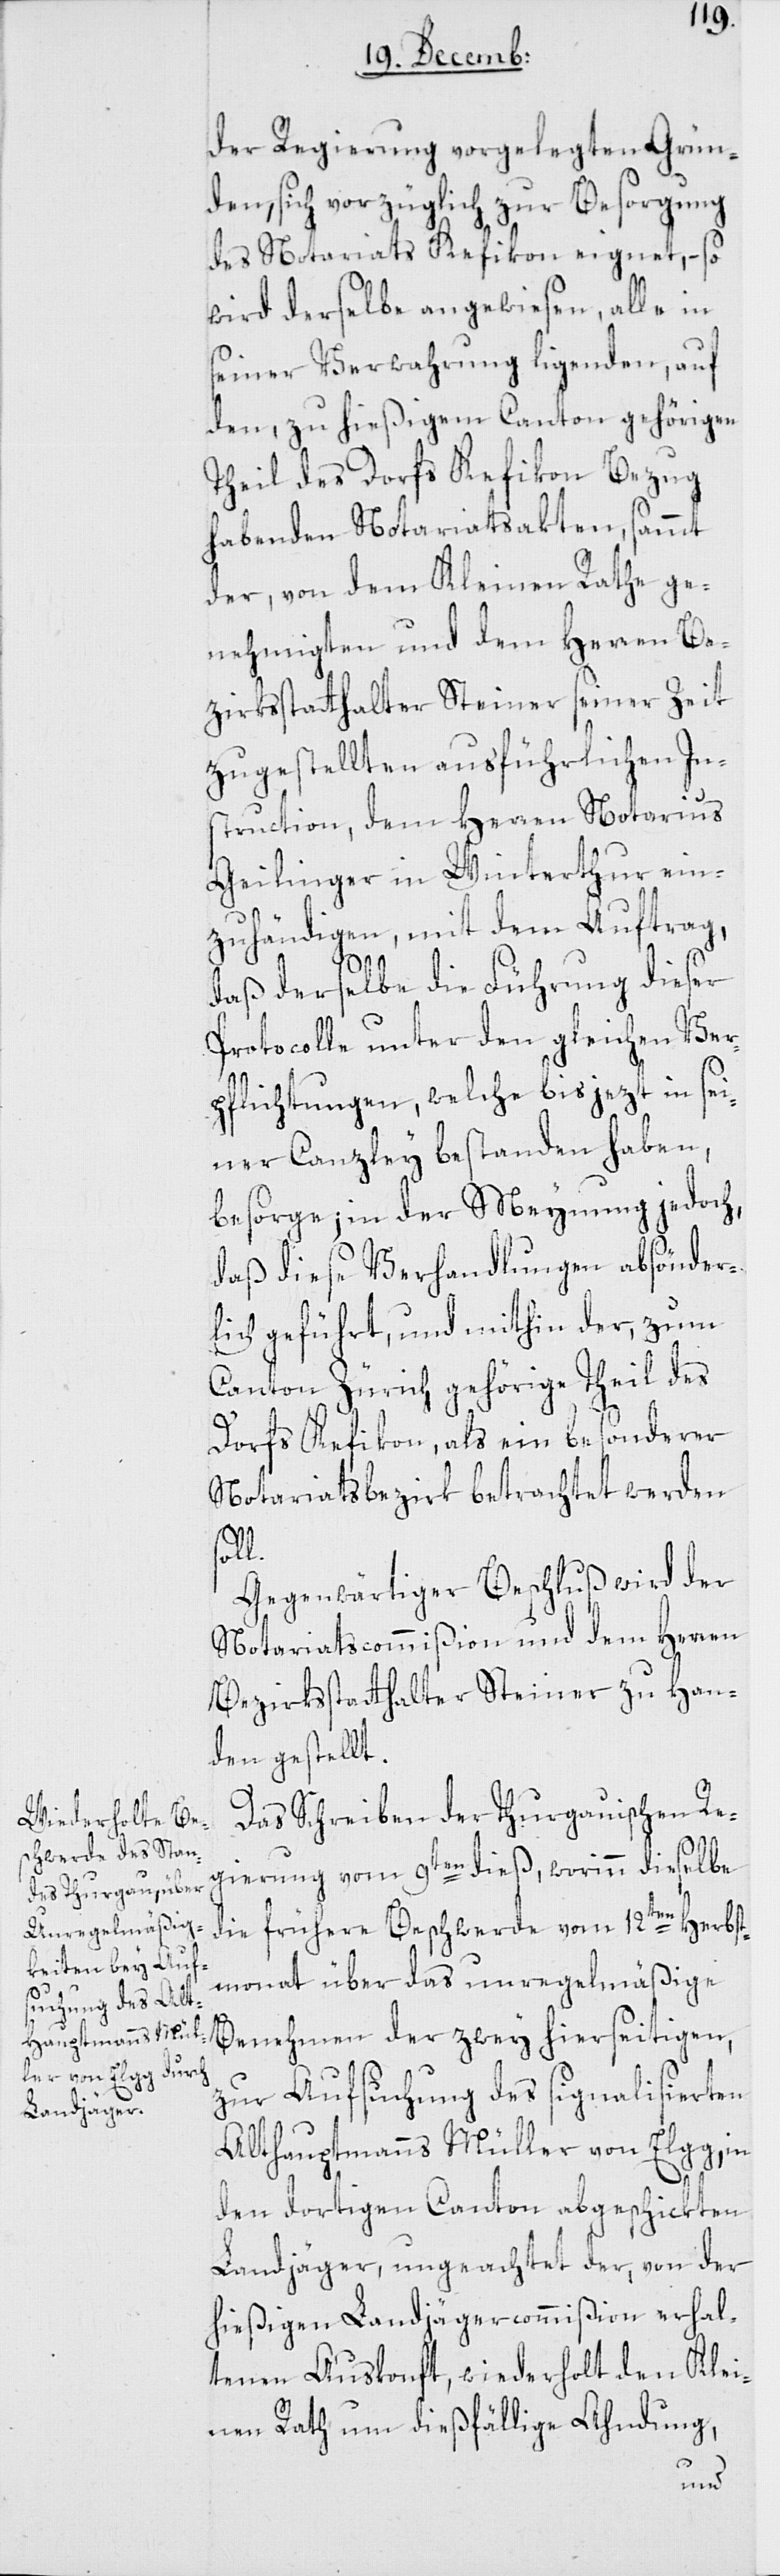
der Regierung vorgelegten Grün¬
den, sich vorzüglich zur Besorgung
des Notariats Kefikon eignet, – so
wird derselbe angewiesen, alle in
seiner Verwahrung ligenden, auf
den zu hießigem Canton gehörigen
Theil des Dorfes Kefikon Bezug
habenden Notariatsakten, sammt
der von dem Kleinen Rathe ge¬
nehmigten und dem Herren Be¬
zirksstatthalter Steiner seiner Zeit
zugestellten ausführlichen In¬
struction, dem Herren Notarius
Geilinger in Winterthur ein¬
zuhändigen, mit dem Auftrag,
daß derselbe die Führung dieser
Protocolle unter den gleichen Ver¬
pflichtungen, welche bis jezt in sei¬
ner Canzley bestanden haben,
besorge, in der Meynung jedoch,
daß diese Verhandlungen absönder¬
lich geführt, und mithin der, zum
Canton Zürich gehörge Theil des
Dorfs Kefikon, als ein besonderer
Notariatsbezirk betrachtet werden
Gegenwärtiger Beschluß wird der
Notariatscommißion und dem Herren
Bezirksstatthalter Steiner zu Han¬
den gestellt.
Das Schreiben der Thurgauischen Re¬
gierung vom 9ten dieß, worinn dieselbe
die frühere Beschwerde vom 12ten Herbst¬
monat über das unregelmäßige
Benehmen der zwey hierseitigen,
zur Aufsuchung des signalisierten
Althauptmanns Müller von Elgg, in
den dortigen Canton abgeschickten
Landjäger, ungeachtet der, von der
hießigen Landjägercommißion erhal¬
tenen Auskonft, wiederholt den Klei¬
nen Rath um dießfällige Ahndung,